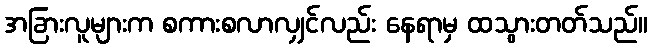
အခြားလူများက စကားစလာလျှင်လည်း နေရာမှ ထသွားတတ်သည်။